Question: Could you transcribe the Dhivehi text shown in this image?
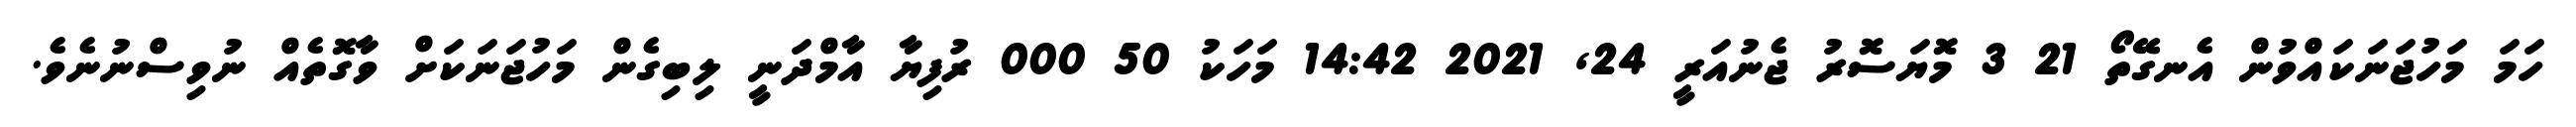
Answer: ހަމަ މަހުޖަނަކައްވުން އެނގޭތޯ 21 3 މޮޔަސޮރު ޖެނުއަރީ 24, 2021 14:42 މަހަކު 50 000 ރުފިޔާ އާމްދަނީ ލިބިގެން މަހުޖަނަކަށް ވާގޮތެއް ނުވިސްނުނެވެ.